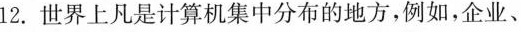
12.世界上凡是计算机集中分布的地方，例如，企业、